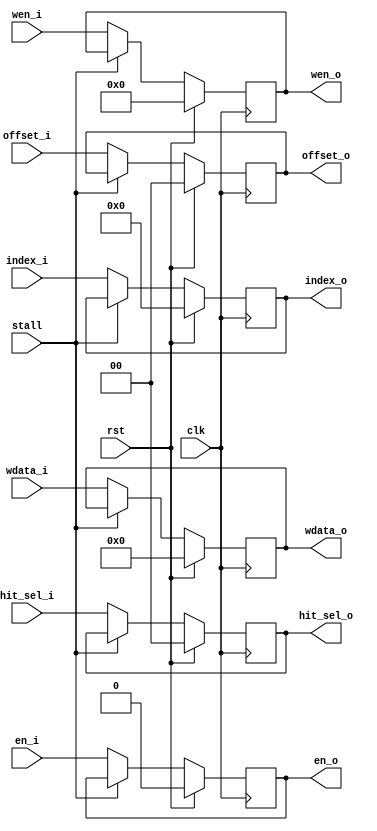
`timescale 1ns / 1ps

module write_buffer #(
    parameter OFFSET_LOG= 2,
    parameter INDEX_LOG = 8
) (
    input   wire                    clk,
    input   wire                    rst,
    input   wire                    stall,

    input   wire                    en_i,
    input   wire [1             :0] hit_sel_i,
    input   wire [3             :0] wen_i,
    input   wire [INDEX_LOG -1  :0] index_i,
    input   wire [OFFSET_LOG-1  :0] offset_i,
    input   wire [31            :0] wdata_i,

    output  reg                     en_o,
    output  reg  [1             :0] hit_sel_o,
    output  reg  [3             :0] wen_o,
    output  reg  [INDEX_LOG -1  :0] index_o,
    output  reg  [OFFSET_LOG-1  :0] offset_o,
    output  reg  [31            :0] wdata_o
);

    always @(posedge clk) begin
        if (rst) begin
            en_o        <= 1'b0;
            hit_sel_o   <= 2'b00;
            wen_o       <= 4'h0;
            index_o     <= {INDEX_LOG{1'b0}};
            offset_o    <= {OFFSET_LOG{1'b0}};
            wdata_o     <= 32'h0;
        end else if (~stall) begin
            en_o        <= en_i;
            hit_sel_o   <= hit_sel_i;
            wen_o       <= wen_i;
            index_o     <= index_i;
            offset_o    <= offset_i;
            wdata_o     <= wdata_i;
        end
    end

endmodule